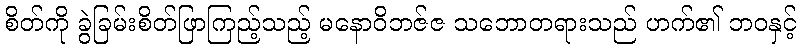
စိတ်ကို ခွဲခြမ်းစိတ်ဖြာကြည့်သည့် မနောဝိဘဇ်ဇ သဘောတရားသည် ဟက်၏ ဘဝနှင့်